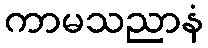
ကာမသညာနံ